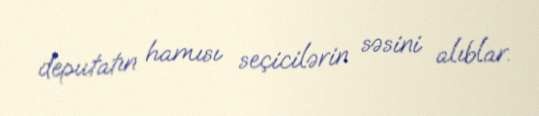
deputatın hamısı seçicilərin səsini alıblar.